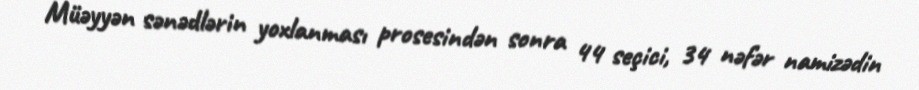
Müəyyən sənədlərin yoxlanması prosesindən sonra 44 seçici, 34 nəfər namizədin